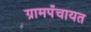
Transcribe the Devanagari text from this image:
ग्रामपँचायत